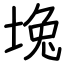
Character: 堍